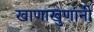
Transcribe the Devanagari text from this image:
खाणाखुणांनी